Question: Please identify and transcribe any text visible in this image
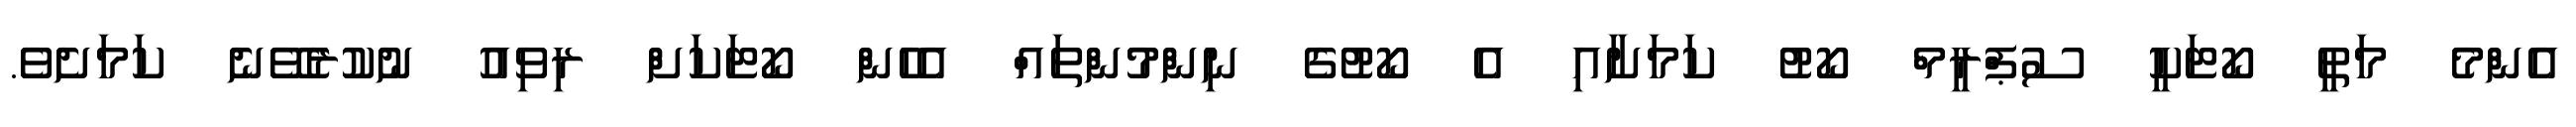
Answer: އެންމެ މަތީ ކޯޓަކީ ސުޕްރީމް ކޯޓު ކަމަށާއި އެ ކޯޓުގެ ނިންމުންތައް އެހެން ކޯޓަކަށް ރިވިއު ނުކުރެވޭނެ ކަމަށެވެ.